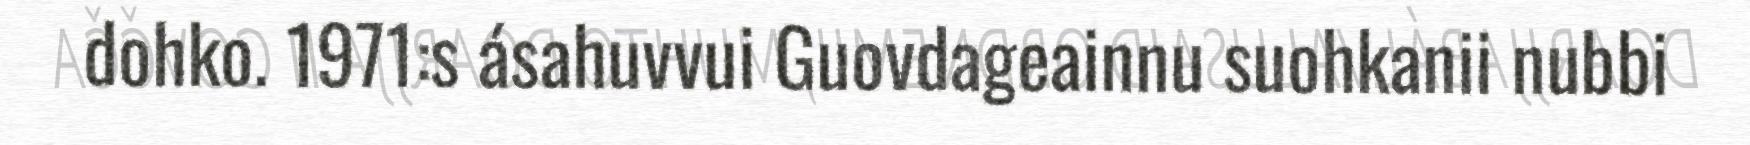
dohko. 1971:s ásahuvvui Guovdageainnu suohkanii nubbi